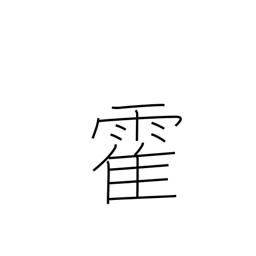
Meaning: sudden